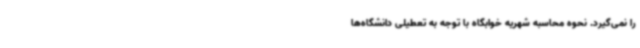
را نمی‌گیرد. نحوه محاسبه شهریه خوابگاه با توجه به تعطیلی دانشگاه‌ها